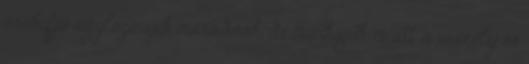
örökifjú agglegények maradnak, de munkájuk miatt a veszély és